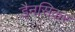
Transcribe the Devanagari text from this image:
डैनसिकर